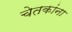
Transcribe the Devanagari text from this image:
चेतकांना